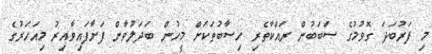
މި ފަރުބަދަ ގޮވުމުގެ ސަބަބުން ރައްކާތެރި ހިސާބުތަކަށް މީހުން ބަދަލުވާން ފަށާފައިވާއިރު މިއަހަރުގެ